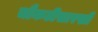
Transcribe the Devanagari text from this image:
चौकटीसारखी